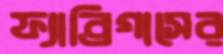
ফ্যাব্রিগাসের